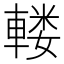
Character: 𨍦